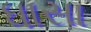
ધાસા